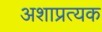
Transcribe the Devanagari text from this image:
अशाप्रत्यक